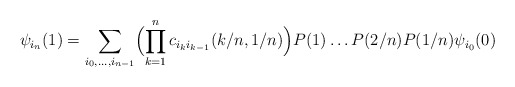
\begin{align*} \psi_{i_n}(1)&=\sum_{i_0, \dots, i_{n-1}}\Bigl( \prod_{k=1}^n c_{i_k i_{k-1}}(k/n,1/n)\Bigr)P(1)\dots P(2/n)P(1/n)\psi_{i_0}(0)\end{align*}